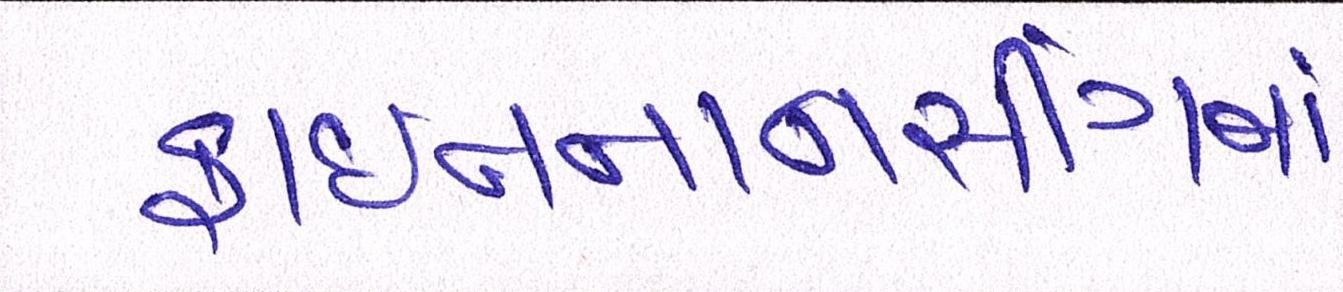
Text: ફાઈનાનસીંગમાં